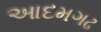
આદમગઢ